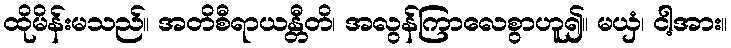
ထိုမိန်းမသည်။ အတိစီရာယန္တီတိ၊ အလွန်ကြာလေစွာဟူ၍။ မယှံ၊ ငါ့အား။